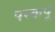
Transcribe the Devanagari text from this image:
पस्कपू